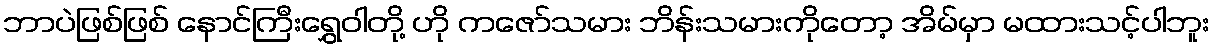
ဘာပဲဖြစ်ဖြစ် နောင်ကြီးရွှေဝါတို့ ဟို ကဇော်သမား ဘိန်းသမားကိုတော့ အိမ်မှာ မထားသင့်ပါဘူး